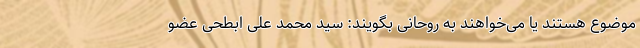
موضوع هستند یا می‌خواهند به روحانی بگویند: سید محمد علی ابطحی عضو